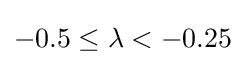
-0.5\leq \lambda <-0.25